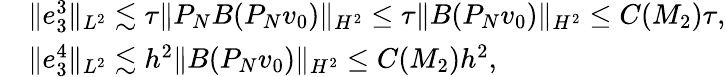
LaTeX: \begin{array}{rl}&{\| e_{3}^{3}\| _{L^{2}}\lesssim\tau\| P_{N}B(P_{N}v_{0})\| _{H^{2}}\leq\tau\| B(P_{N}v_{0})\| _{H^{2}}\leq C(M_{2})\tau,}\\ &{\| e_{3}^{4}\| _{L^{2}}\lesssim h^{2}\| B(P_{N}v_{0})\| _{H^{2}}\leq C(M_{2})h^{2},}\end{array}